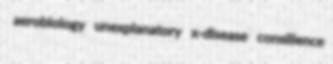
aerobiology unexplanatory x-disease consilience